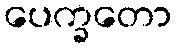
ပေက္ခတော